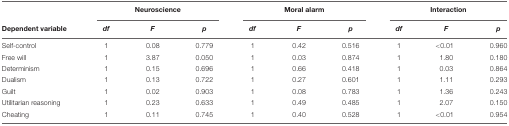
<table><thead><tr><td></td><td colspan="3"><b>Neuroscience</b></td><td colspan="3"><b>Moral alarm</b></td><td colspan="3"><b>Interaction</b></td></tr><tr><td><b>Dependent variable</b></td><td><b><i>df</i></b></td><td><b><i>F</i></b></td><td><b><i>p</i></b></td><td><b><i>df</i></b></td><td><b><i>F</i></b></td><td><b><i>p</i></b></td><td><b><i>df</i></b></td><td><b><i>F</i></b></td><td><b><i>p</i></b></td></tr></thead><tbody><tr><td>Self-control</td><td>1</td><td>0.08</td><td>0.779</td><td>1</td><td>0.42</td><td>0.516</td><td>1</td><td>&lt;0.01</td><td>0.960</td></tr><tr><td>Free will</td><td>1</td><td>3.87</td><td>0.050</td><td>1</td><td>0.03</td><td>0.874</td><td>1</td><td>1.80</td><td>0.180</td></tr><tr><td>Determinism</td><td>1</td><td>0.15</td><td>0.696</td><td>1</td><td>0.66</td><td>0.418</td><td>1</td><td>0.03</td><td>0.864</td></tr><tr><td>Dualism</td><td>1</td><td>0.13</td><td>0.722</td><td>1</td><td>0.27</td><td>0.601</td><td>1</td><td>1.11</td><td>0.293</td></tr><tr><td>Guilt</td><td>1</td><td>0.02</td><td>0.903</td><td>1</td><td>0.08</td><td>0.783</td><td>1</td><td>1.36</td><td>0.243</td></tr><tr><td>Utilitarian reasoning</td><td>1</td><td>0.23</td><td>0.633</td><td>1</td><td>0.49</td><td>0.485</td><td>1</td><td>2.07</td><td>0.150</td></tr><tr><td>Cheating</td><td>1</td><td>0.11</td><td>0.745</td><td>1</td><td>0.40</td><td>0.528</td><td>1</td><td>&lt;0.01</td><td>0.954</td></tr></tbody></table>